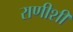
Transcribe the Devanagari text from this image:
राणीशी